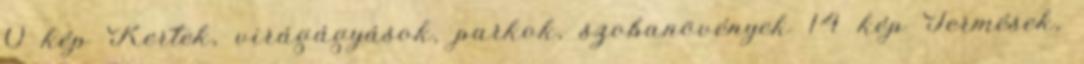
0 kép Kertek, virágágyások, parkok, szobanövények 14 kép Termések,